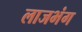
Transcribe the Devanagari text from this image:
लाजभंग